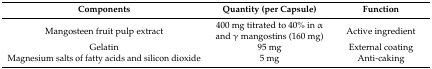
<table><thead><tr><td><b>Components</b></td><td><b>Quantity (per Capsule)</b></td><td><b>Function</b></td></tr></thead><tbody><tr><td>Mangosteen fruit pulp extract</td><td>400 mg titrated to 40% in α and γ mangostins (160 mg)</td><td>Active ingredient</td></tr><tr><td>Gelatin</td><td>95 mg</td><td>External coating</td></tr><tr><td>Magnesium salts of fatty acids and silicon dioxide</td><td>5 mg</td><td>Anti-caking</td></tr></tbody></table>